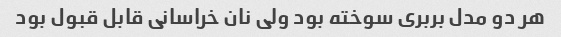
هر دو مدل بربری سوخته بود ولی نان خراسانی قابل قبول بود